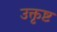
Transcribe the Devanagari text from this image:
उक्तृष्ट